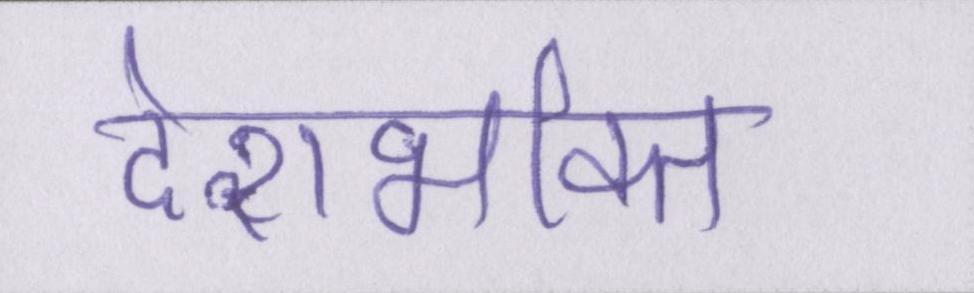
देशभक्ति